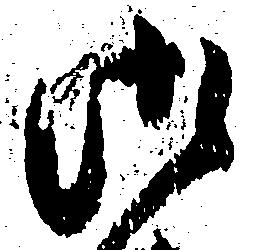
御